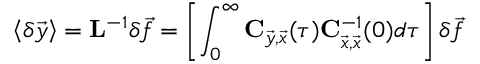
\left< { \delta \vec { y } } \right> = \mathbf { L } ^ { - 1 } \delta \vec { f } = \left[ \int _ { 0 } ^ { \infty } \mathbf { C } _ { \vec { y } , \vec { x } } ( \tau ) \mathbf { C } _ { \vec { x } , \vec { x } } ^ { - 1 } ( 0 ) d \tau \right] \delta \vec { f }